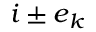
\boldsymbol { i } \pm \boldsymbol { e } _ { k }